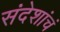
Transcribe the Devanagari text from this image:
संदेशांचं